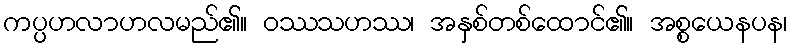
ကပ္ပဟလာဟလမည်၏။ ဝဿသဟဿ၊ အနှစ်တစ်ထောင်၏။ အစ္စယေနပန၊